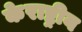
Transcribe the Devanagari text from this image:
केराष्ट्रीय